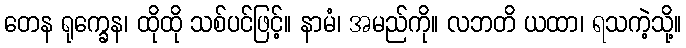
တေန ရုက္ခေန၊ ထိုထို သစ်ပင်ဖြင့်။ နာမံ၊ အမည်ကို။ လဘတိ ယထာ၊ ရသကဲ့သို့။